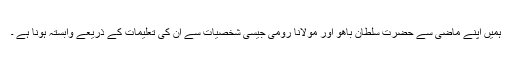
ہمیں اپنے ماضی سے حضرت سلطان باھوؒ اور مولانا رومیؒ جیسی شخصیات سے اُن کی تعلیمات کے ذریعے وابستہ ہونا ہے ۔